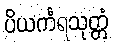
ပိယင်္ကရသုတ္တံ